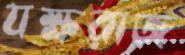
যক্ষরাজ